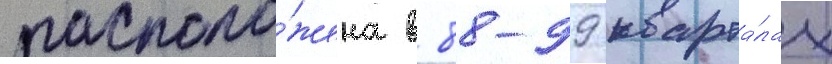
располо́жена в 88-99 кварта́лах